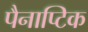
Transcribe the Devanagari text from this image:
पैनाप्टिक